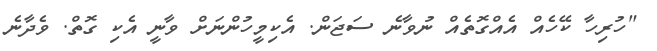
"ހުރިހާ ކޭހެއް އެއްގޮތެއް ނުވާނެ ސަޖަން. އެކިމީހުންނަށް ވާނީ އެކި ގޮތް. ވެދާނެ